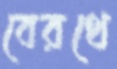
বেরথে